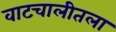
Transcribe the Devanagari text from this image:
वाटचालीतला